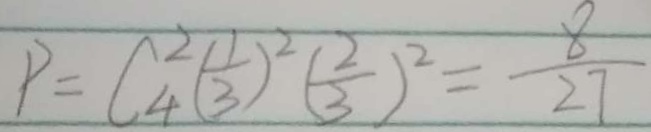
P = C _ { 4 } ^ { 2 } ( \frac { 1 } { 3 } ) ^ { 2 } ( \frac { 2 } { 3 } ) ^ { 2 } = \frac { 8 } { 2 7 }